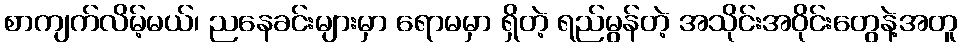
စာကျက်လိမ့်မယ်၊ ညနေခင်းများမှာ ရောမမှာ ရှိတဲ့ ရည်မွန်တဲ့ အသိုင်းအဝိုင်းတွေနဲ့အတူ